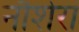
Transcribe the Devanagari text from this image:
नौशेरां